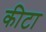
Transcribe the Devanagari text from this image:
कीटा